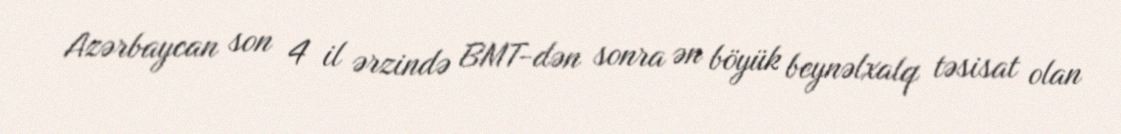
Azərbaycan son 4 il ərzində BMT-dən sonra ən böyük beynəlxalq təsisat olan